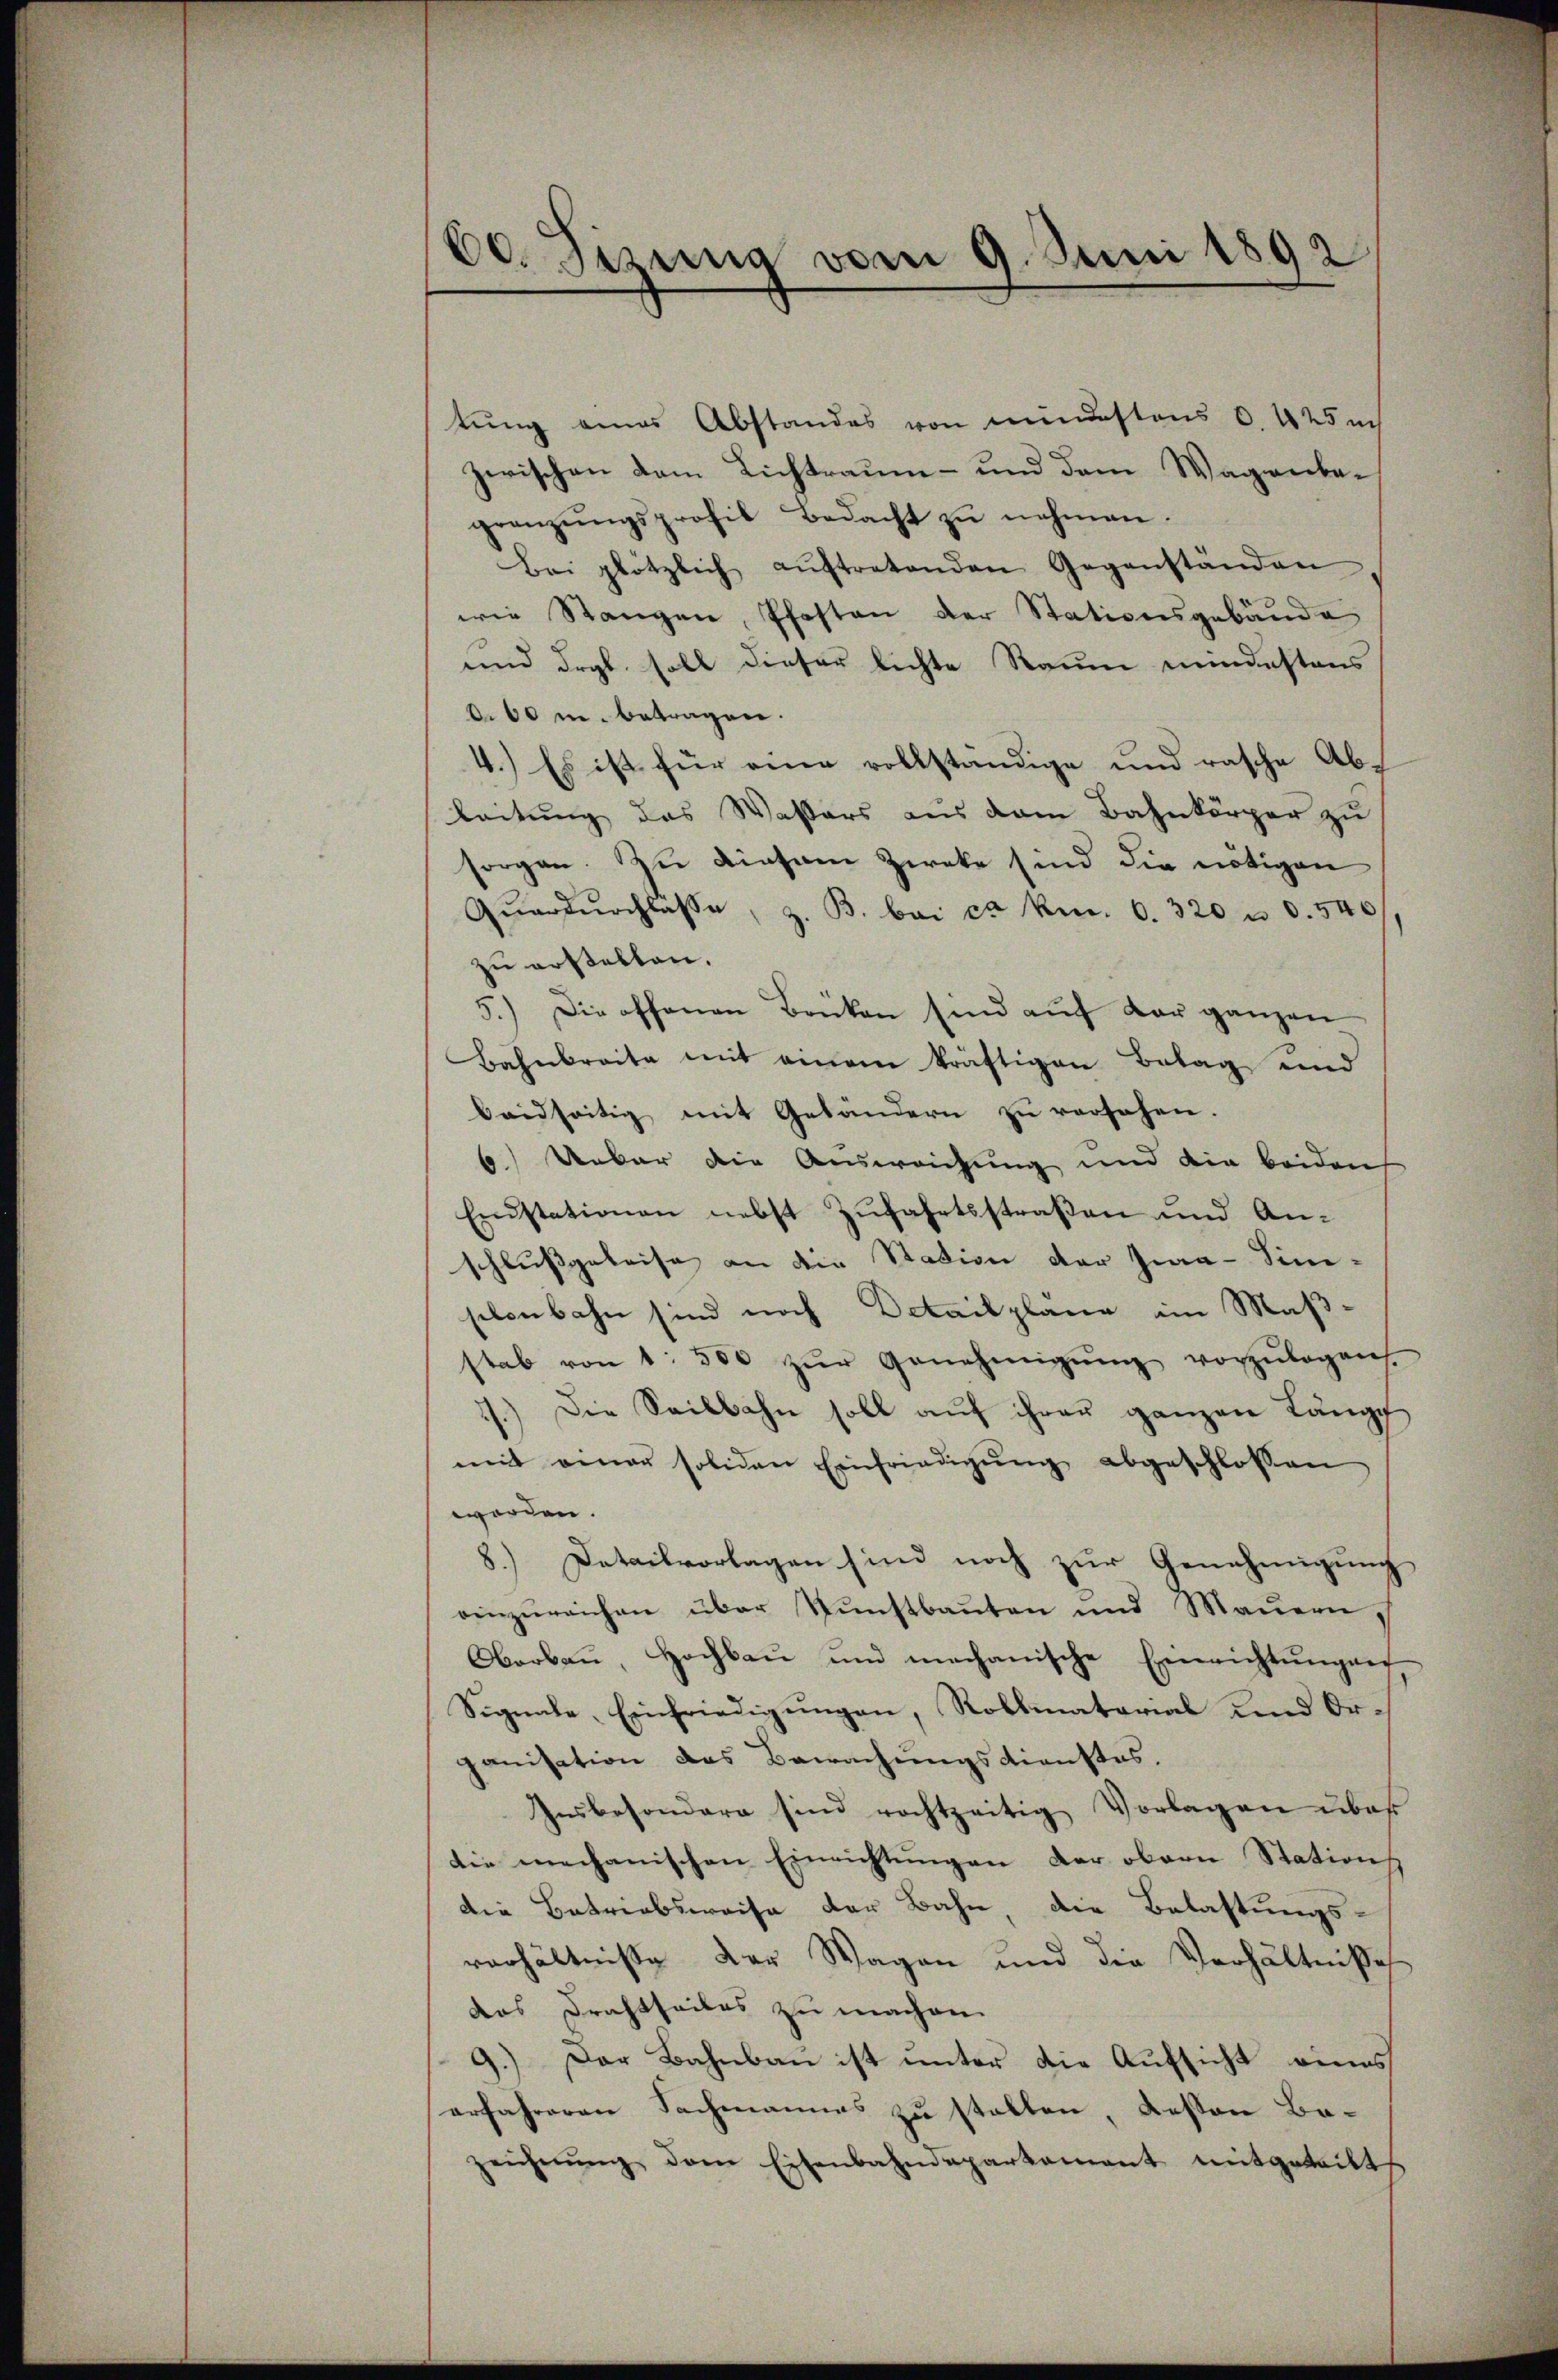
60. Sizung vom 9. Juni 1892

tung eines Abstandes von mindestens 6. 425 ach
zwischen dem Lichtraum- und dem Wagenbegränzŭngsprofil Bedacht zŭ nehmen.
Bei plötzlich aŭftretenden Gegenständen
wie Stangen, Pfosten der Stationsgebäude
und drgl. soll dieser lichte Raum mindestens
. 60 u. betragen.
4.) Es ist für eine vollständige und rasche Ableitung das Wassers aus dem Bahnkörper zu
sorgen. Zu diesem Zieke sind die nötigen
Qŭardŭrchlasse, z. B. bei ca kn. 6. 320 u. d. 546
zu erstellen.
5.) Die offenen Brüken sind aŭf der ganzen
Bahnbreite mit einem kräftigen Betag und
beidseitig mit Geländern zu versehen.
6.) Ueber die Ausweichung und die beiden
Erstationen nebst Zufahrtsstraßen und Anschlußgeleise an die Station der Jna-Sine-
sebenbahn sind noch Detailplane im Maßstab von 1. 500 zŭr Genehmigŭng vorzŭlegen
1.) Die Seilbahn soll auf ihrer ganzen Länge
mit einer soliden Einfriedigŭng abgeschlossen
worden.
8.) Detailvorlagen sind noch zur Genehmigung
einzŭreichen über Kunstbaŭten und Maŭern,
Oberbaŭ, Hochbau und mechanische Einrichtŭngen
Signale, Einfriedigungen, Roblmatorial und Organisation des Bewachungsdienstes.
Insbesondern sind rechtzeitig Vorlagen über
die mechanischen Einrichtungen der obern Station
die Betriebsweise der Bahn, die Belastungs-
verhältniße der Wagen und die Verhältniße
das Drachtheiles zu machen.
9.) Der Bahnbau ist unter die Aufsicht eines
erfahreren Sachmannes zu stellen, dessen Bazeichnŭng dem Eisenbahndepartament mitgeteilt.